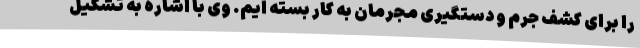
را برای کشف جرم و دستگیری مجرمان به کار بسته ایم. وی با اشاره به تشکیل